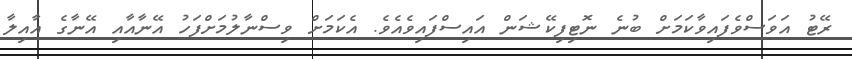
ރޭޓު އަވަސްވެފައިވާކަމަށް ބުނެ ނޮޓިފިކޭޝަން އައިސްފައިވެއެވެ. އެކަމަށް ވިސްނާލުމަށްފަހު އޭނާއާއި އޭނާގެ އާއިލާ